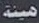
هیئة